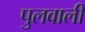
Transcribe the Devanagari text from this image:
पुलवाली